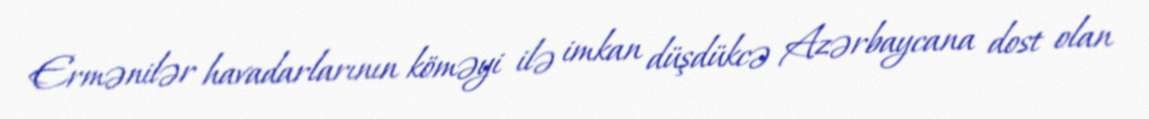
Ermənilər havadarlarının köməyi ilə imkan düşdükcə Azərbaycana dost olan